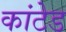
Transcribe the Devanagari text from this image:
कांटेड